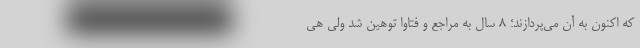
که اکنون به آن می‌پردازند؛ ۸ سال به مراجع و فتاوا توهین شد ولی هی